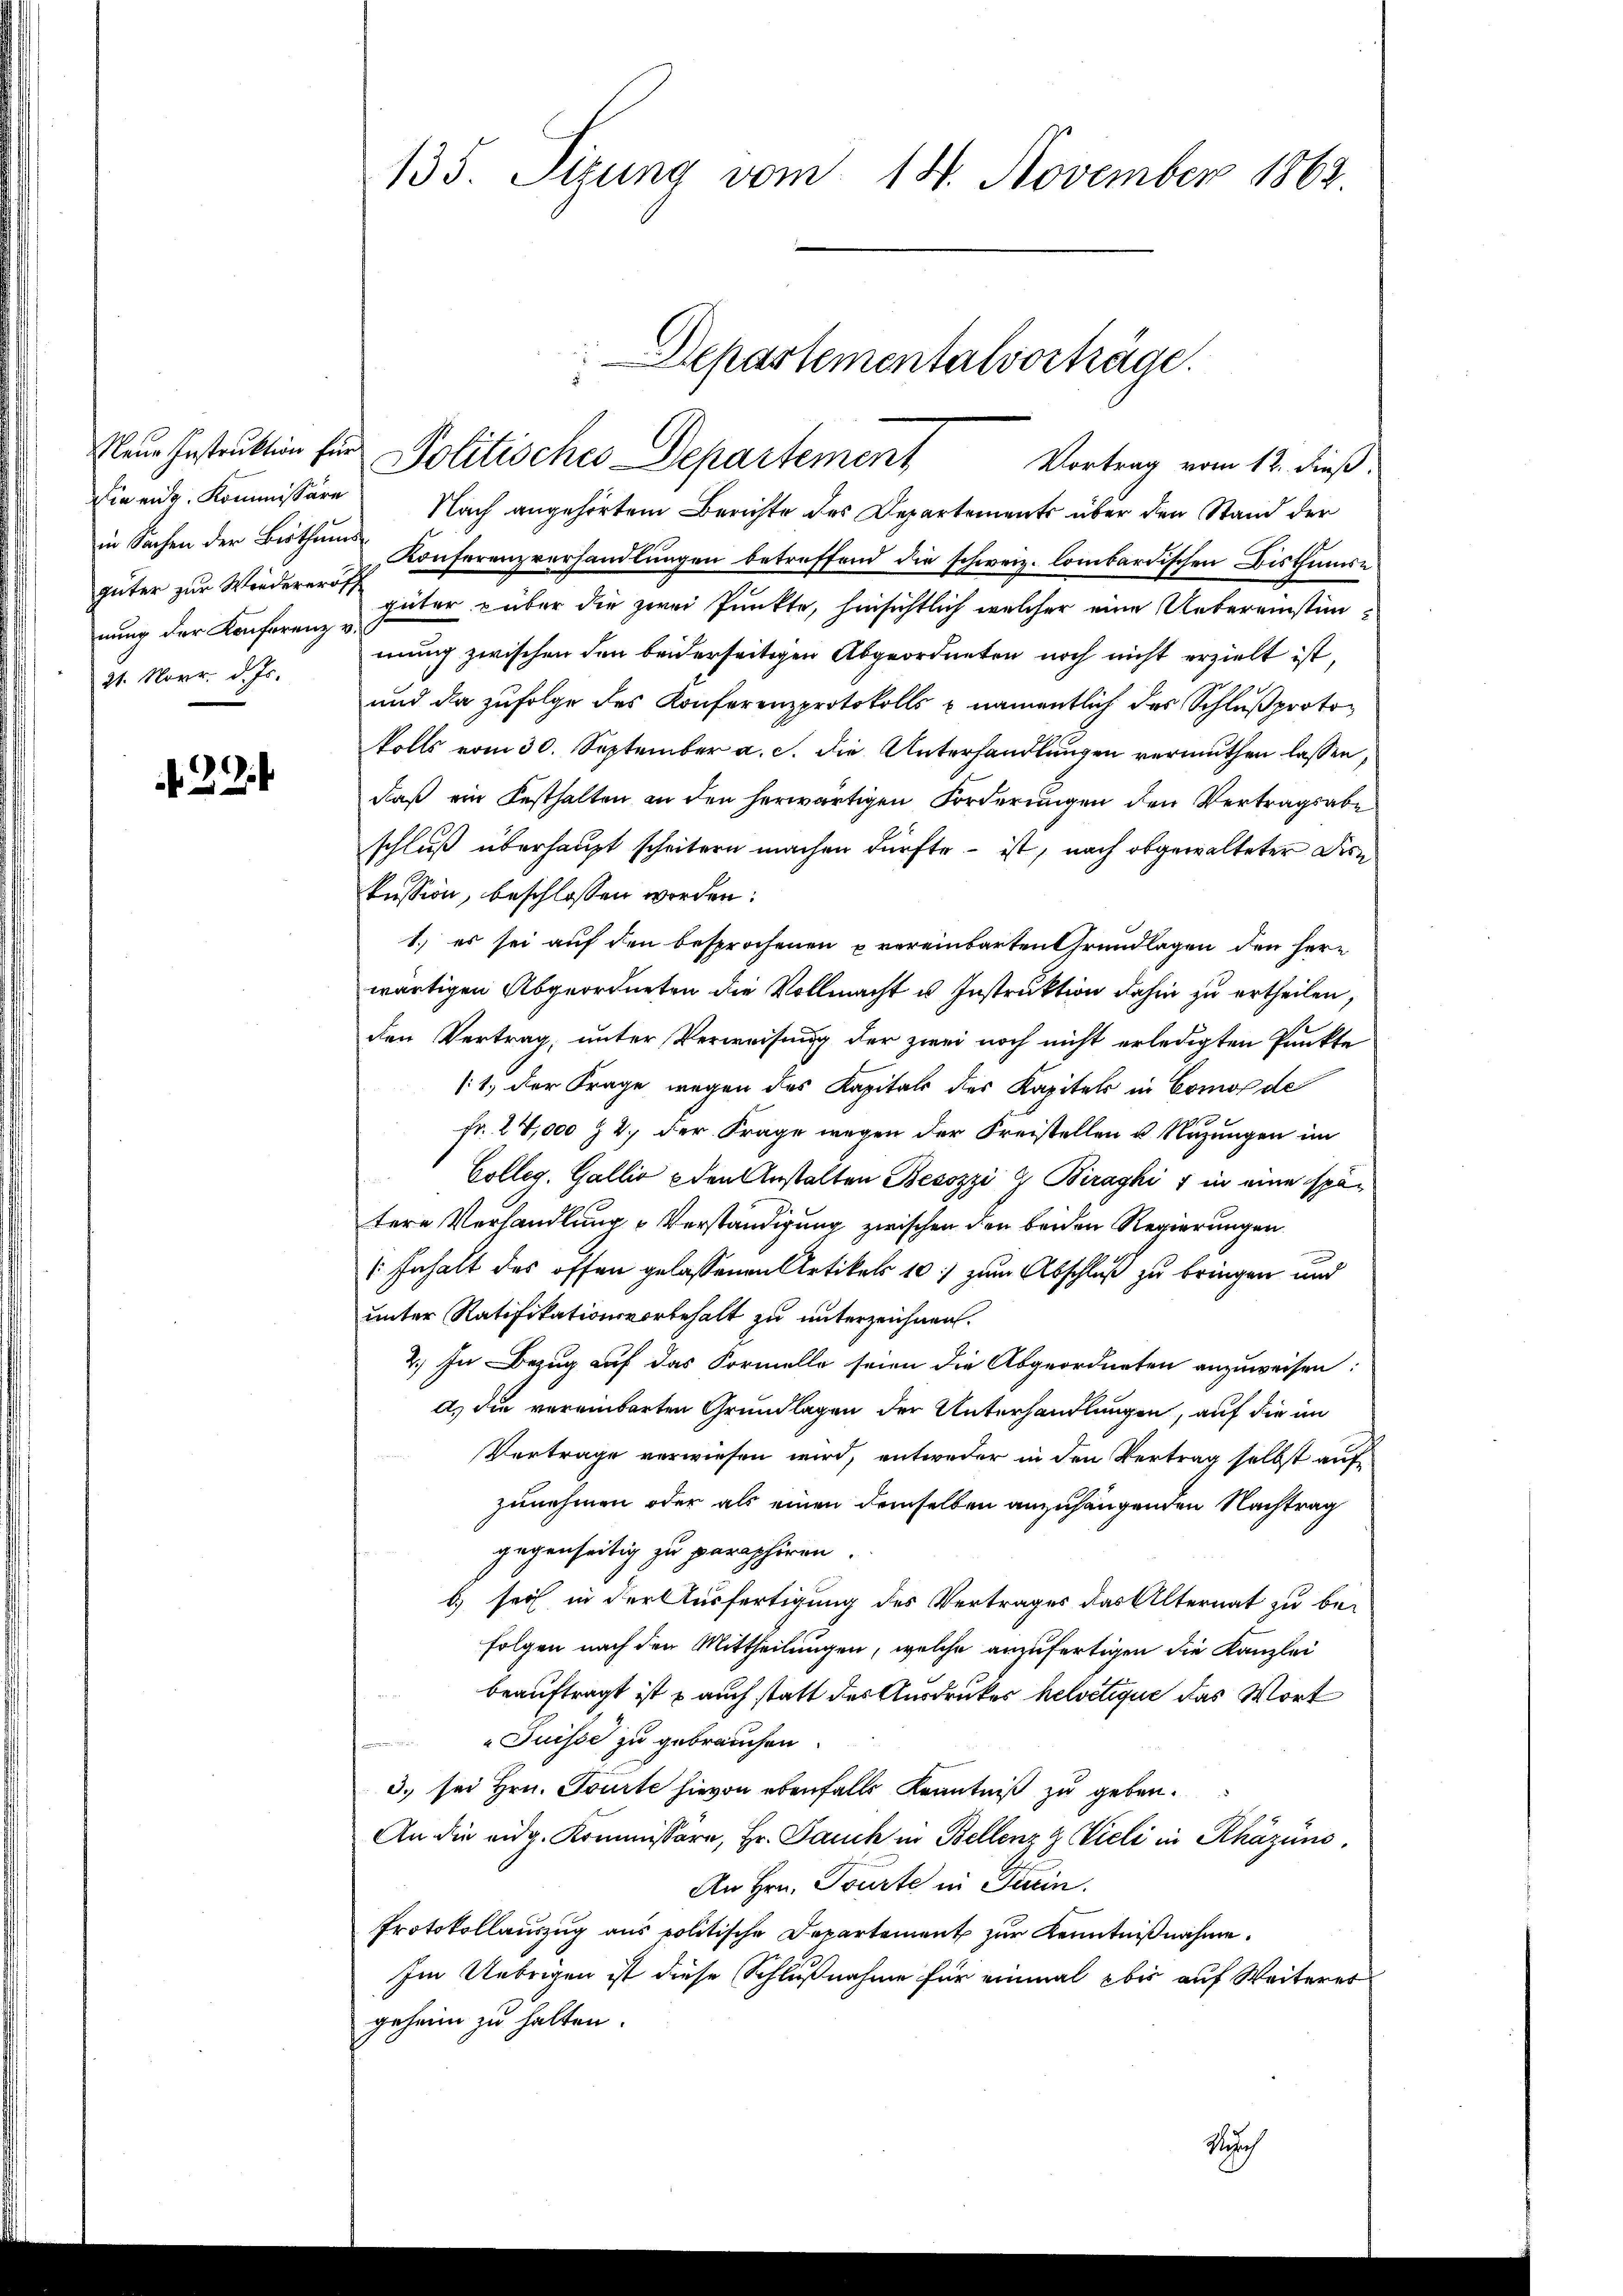
Neue Instruktion für
inende Kommissäre
nung der Konferenz v.

f. 294

135. Sizung vom 14. November 1862.

Nach angehörtem Berichte des Departements über den Stand der
in Sachen der Bisthum Konferenzverhandlungen betreffend die schweiz. lombardischen Bisthumse
güter zur Winderer güter über die zwei Punkte, hinsichtlich welcher eine Uebereinstim¬
21. Novr. d. Js. mung zwischen den beiderseitigen Abgeordneten noch nicht erzielt ist,
und da zufolge des Konferenzprotokolls & namentlich des Schluß protokolls vom 30. September a. c. die Unterhandlungen vermuthen lassen,
daß ein Festhalten an den herwärtigen Forderungen den Vertragsabe
schluß überhaupt scheitern machen dürfte – ist, nach abgewalteter Dire
kussion, beschlossen worden.
1. es sei auf den besprochenen u vereinbarten Grundlagen den herr
wärtigen Abgeordneten die Vollmacht u Instruktion dahin zu ertheilen,
den Vertrag, unter Verweisung der zwei noch nicht erledigten Punkte
(1. der Frage wegen des Kapitals des Kapitels in Comol de
fr. 27,000 n 2. der Frage wegen der Freistellen u. Nuzungen im
Colleg. Gallis u den Anstalten Besozzi & Birayki 7 in eine spätere Verhandlung u Verständigung zwischen der beiden Regierungen
Inhalt des offen gelassenen Artikels 10 zum Abschluß zu bringen und
unter Ratifikationsvorbehalt zu unterzeichnen.
2.) In Bezug auf das Formelle seien die Abgeordneten anzuweisen:
d) die vereinbarten Grundlagen der Unterhandlungen, auf die im
Vertrage verwiesen wird, entweder in den Vertrag selbst aufzunehmen oder als einen demselben anzuhängenden Nachtrag
gegenseitig zu paraphiren.
b) sei in der Ausfertigung des Vertrages das Alternat zu be-
folgen nach den Mittheilungen, welche anzufertigen die Kanzlei
beauftragt ist & auch statt des Ausdrucker helvetique das Wort
Suisse zu gebrauchen.
3. sei Hrn. Tourte hievon ebenfalls Kenntniß zu geben.
An die eidg. Kommissäre, Hr. Jauch in Bellenz z Vieli in Khäzüns
An Hrn. Tourte in Turin.
Protokollauszug aus politische Departement zur Kenntnißnahme.
Im Uebrigen ist diese Schlußnahme für einmal bis auf Weiteres
geheim zu halten.
Nesch

Departementalvorträge.
Politisches Departement
Vortrag vom 12. dieß.